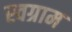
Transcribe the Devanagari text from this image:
स्वग्राम